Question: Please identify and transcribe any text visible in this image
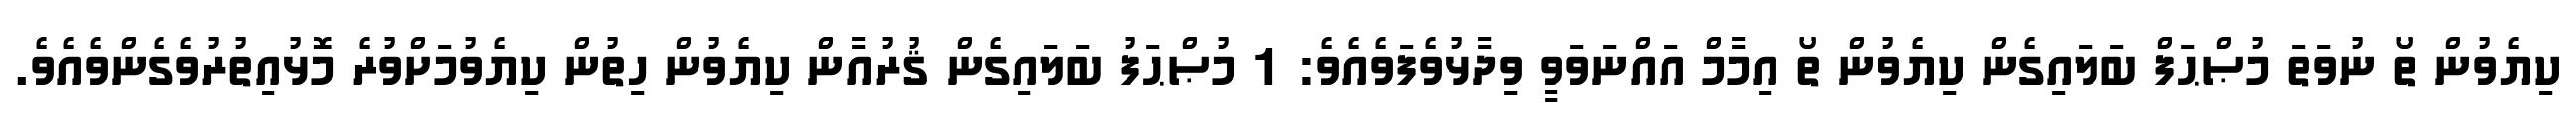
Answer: ކިޔެވުން ތޯ ނުވަތަ މުޞްޙަފް ބަލައިގެން ކިޔެވުން ތޯ އިމާމް އައްނަވަވީ ވިދާޅުވެފަވެއެވެ: 1 މުޞްޙަފު ބަލައިގެން ޤުރުއާން ކިޔެވުން ހިތުން ކިޔެވުމަށްވުރެ މޮޅުއިތުރުވެގެންވެއެވެ.